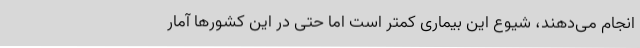
انجام می‌دهند، شیوع این بیماری کمتر است اما حتی در این کشورها آمار